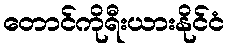
တောင်ကိုရီးယားနိုင်ငံ